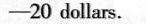
-20 dollars.